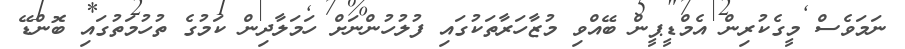
ނަމަވެސް މީގެކުރިން އެމްޑީޕީން ބޭއްވި މުޒާހަރާތަކުގައި ފުލުހުންނަށް ހަމަލާދިން ކަމުގެ ތުހުމަތުގައި ބޮންޑޭ